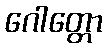
ဂေါတ္တော